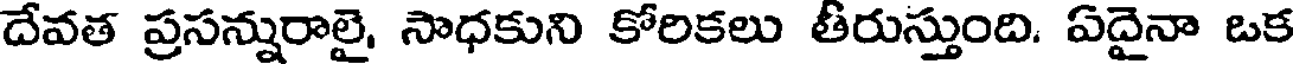
దేవత ప్రసన్నురాలై, సాధకుని కోరికలు తీరుస్తుంది. ఏదైనా ఒక